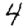
Digit: 4